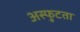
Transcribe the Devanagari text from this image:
अस्फुटता